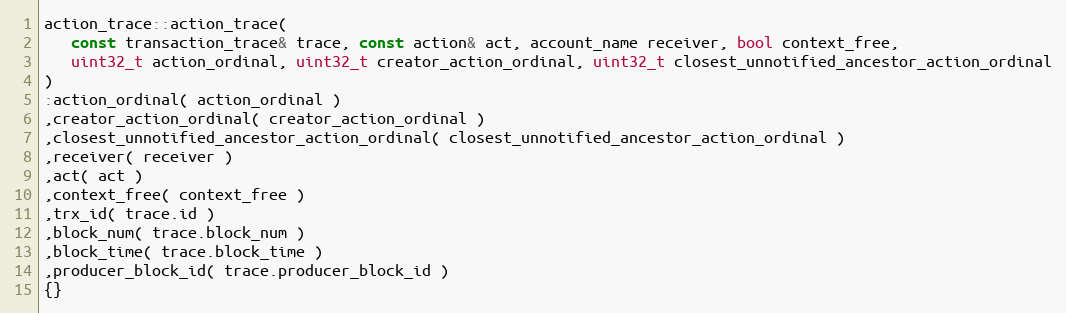
Language: C++
action_trace::action_trace(
   const transaction_trace& trace, const action& act, account_name receiver, bool context_free,
   uint32_t action_ordinal, uint32_t creator_action_ordinal, uint32_t closest_unnotified_ancestor_action_ordinal
)
:action_ordinal( action_ordinal )
,creator_action_ordinal( creator_action_ordinal )
,closest_unnotified_ancestor_action_ordinal( closest_unnotified_ancestor_action_ordinal )
,receiver( receiver )
,act( act )
,context_free( context_free )
,trx_id( trace.id )
,block_num( trace.block_num )
,block_time( trace.block_time )
,producer_block_id( trace.producer_block_id )
{}